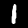
Digit: 1